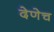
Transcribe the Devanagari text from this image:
देणेच